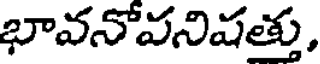
భావనోవనిషత్తు,